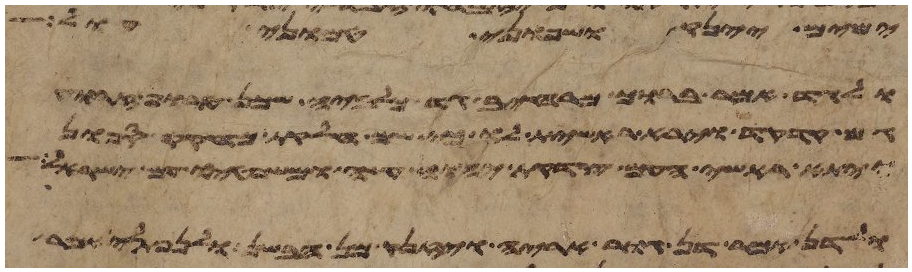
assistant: ימים יינק ושפוני טמוני חול
ולגד אמר ברוך מרחיב גד כלביה שכן טרוף זרוע
גם קדקד וירא ראשית לו כי שם חלקת מחוקק ספון
ויתא ראשי העם צדקת יהוה עשה ומשפטיו עם ישראל
ולדן אמר דן גור אריה ויזנק מן הבשן ולנפתלי אמר